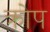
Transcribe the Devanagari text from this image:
क्रोप